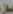
سعل